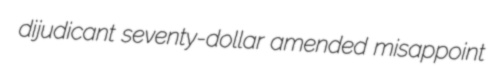
dijudicant seventy-dollar amended misappoint